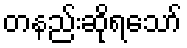
တနည်းဆိုရသော်